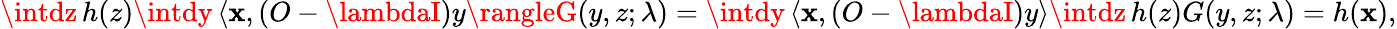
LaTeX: \intdz\, h(z)\intdy\, \langle\mathbf{x},(O-\lambdaI)y\rangleG(y,z;\lambda)=\intdy\, \langle\mathbf{x},(O-\lambdaI)y\rangle\intdz\, h(z)G(y,z;\lambda)=h(\mathbf{x}),